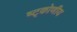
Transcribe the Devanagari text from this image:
ष्ट्कोणीय